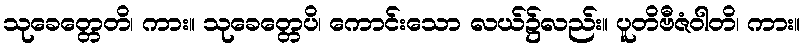
သုခေတ္တေတိ၊ ကား။ သုခေတ္တေပိ၊ ကောင်းသော လယ်၌လည်း။ ပူတိဗီဇံဝါတိ၊ ကား။